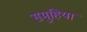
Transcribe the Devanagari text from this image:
समुहिया